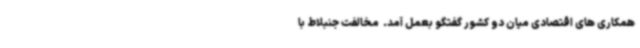
همکاری های اقتصادی میان دو کشور گفتگو بعمل آمد. ‌ مخالفت جنبلاط با